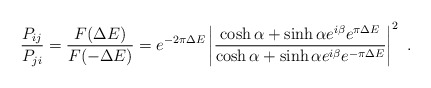
\begin{align*}{P_{ij}\over P_{ji}} = {F(\Delta E)\over F(-\Delta E)} = e^{-2\pi\Delta E}\left| {\cosh\alpha + \sinh\alpha e^{i\beta} e^{\pi \Delta E}\over\cosh\alpha+ \sinh\alpha e^{i\beta} e^{-\pi \Delta E}}\right|^{2}~.\end{align*}